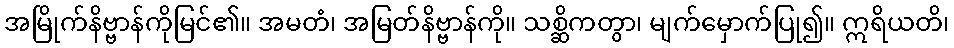
အမြိုက်နိဗ္ဗာန်ကိုမြင်၏။ အမတံ၊ အမြတ်နိဗ္ဗာန်ကို။ သစ္ဆိကတွာ၊ မျက်မှောက်ပြု၍။ ဣရိယတိ၊